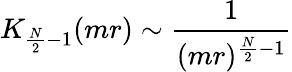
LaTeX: K_{\frac{N}{2}-1}(mr)\sim\frac{1}{(mr)^{\frac{N}{2}-1}}